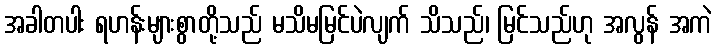
အခါတပါး ရဟန်းများစွာတို့သည် မသိမမြင်ပဲလျက် သိသည်၊ မြင်သည်ဟု အလွန် အကဲ